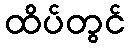
ထိပ်တွင်